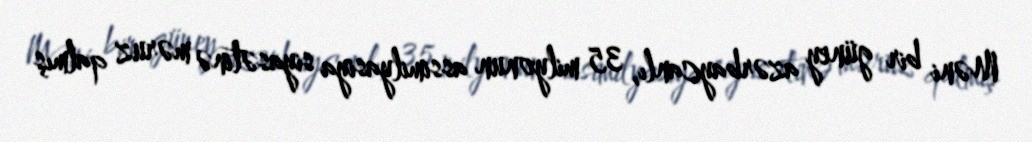
Məni bir güney azərbaycanlı, 35 milyonun assimilyasiya siyasətinə məruz qalmış